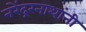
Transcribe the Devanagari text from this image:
नरेंद्ररनाथांनी